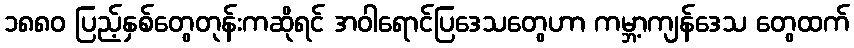
၁၈၈၀ ပြည့်နှစ်တွေတုန်းကဆိုရင် အဝါရောင်ပြဒေသတွေဟာ ကမ္ဘာ့ကျန်ဒေသ တွေထက်